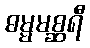
ဓမ္မမစ္ဆရီ